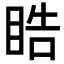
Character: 𭾵